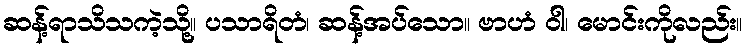
ဆန့်ရာသိသကဲ့သို့။ ပသာရိတံ၊ ဆန့်အပ်သော။ ဗာဟံ ဝါ၊ မောင်းကိုလည်း။